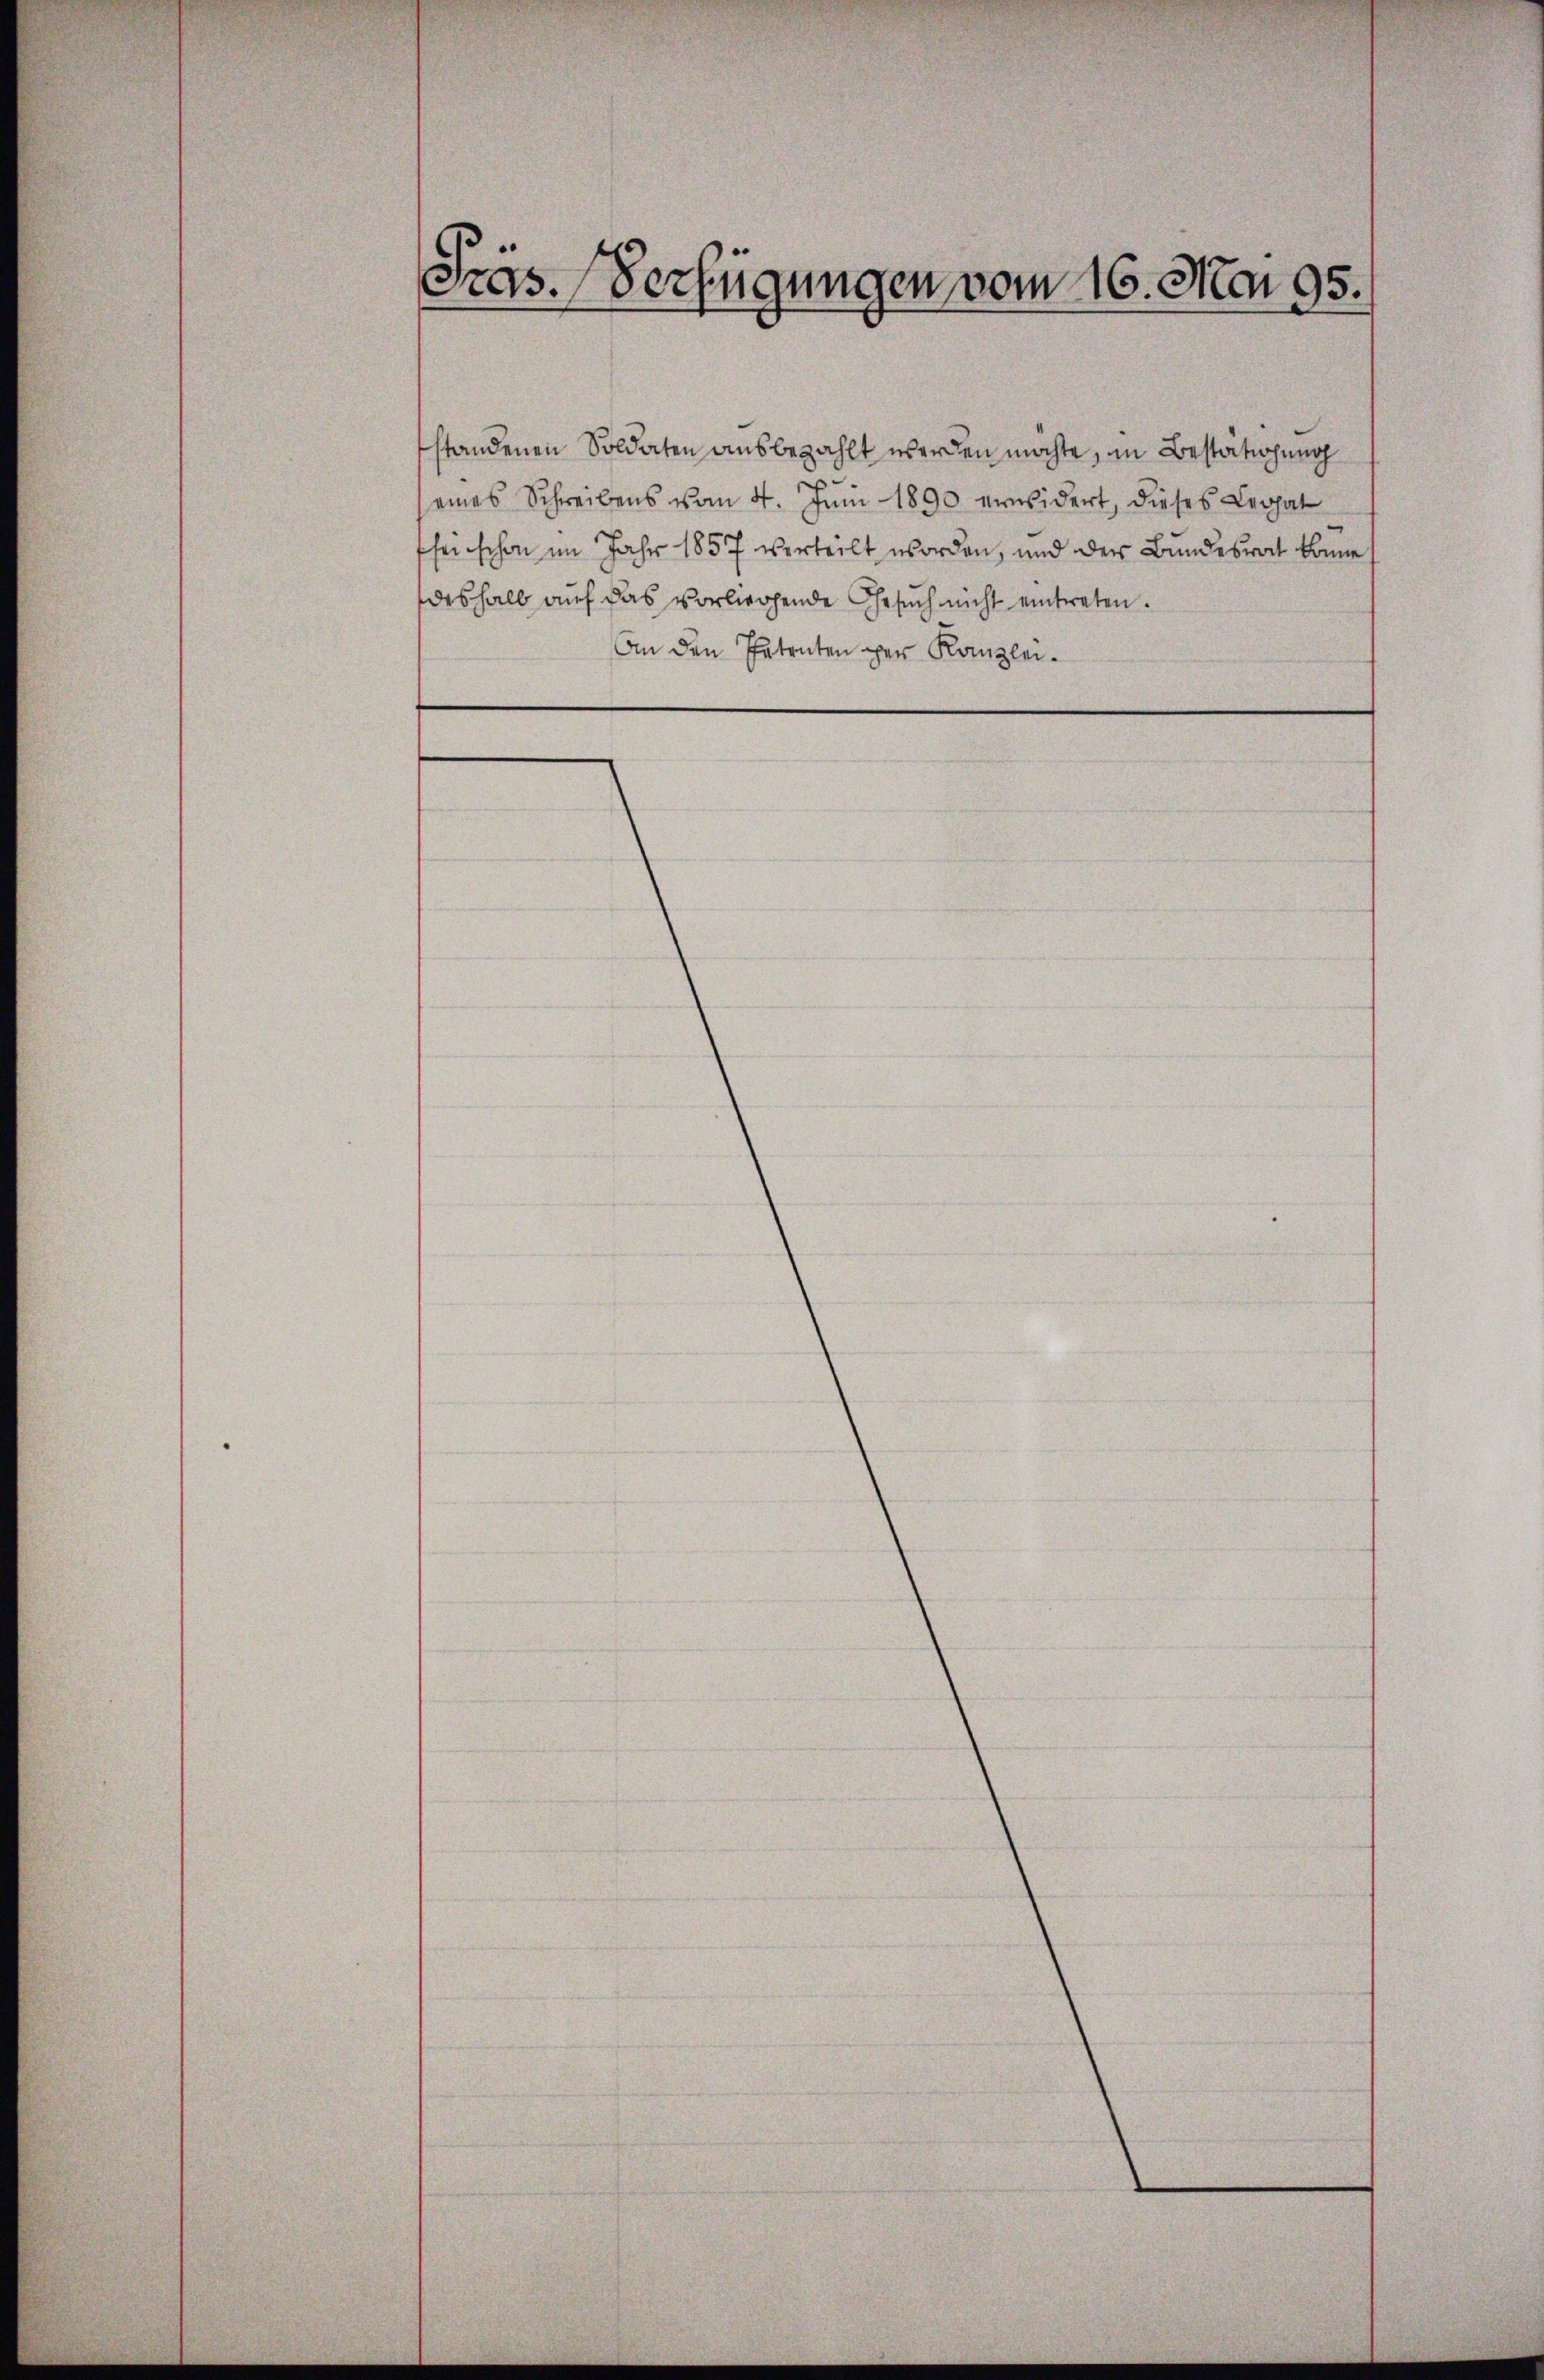
Präs. Verfügungen vom 16. Mai 95.

standenen Soldaten ausbezahlt werden möchte, in Bestätigung
.
eines Schreibens vom 4. Jŭni 1890 erwidert, dieses Legat
seischon im Jahr 1857 verteilt worden, und der Bundesrat könne
deshalb auf das vorliegende Gesuch nicht eintreten.
An den Petenten per Kanzlei¬